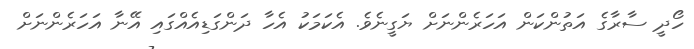
ހޯދީ ސާރާގެ އަތުންކަން އަހަރެންނަށް ޔަގީނެވެ. އެކަމަކު އެހާ ދަންގަޑިއެއްގައި އޭނާ އަހަރެންނަށް